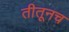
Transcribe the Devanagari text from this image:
तीतूनच